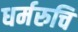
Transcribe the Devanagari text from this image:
धर्मरुचि